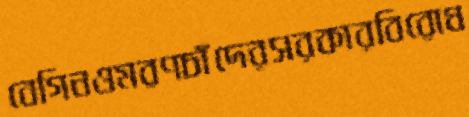
বেগিনওমরণচাঁদেরসরকারবিরোধ